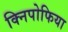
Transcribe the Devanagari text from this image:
क्निपोफिया